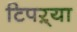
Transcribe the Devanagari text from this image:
टिपऱ्या